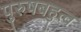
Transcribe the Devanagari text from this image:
पुरुषबहुत्व